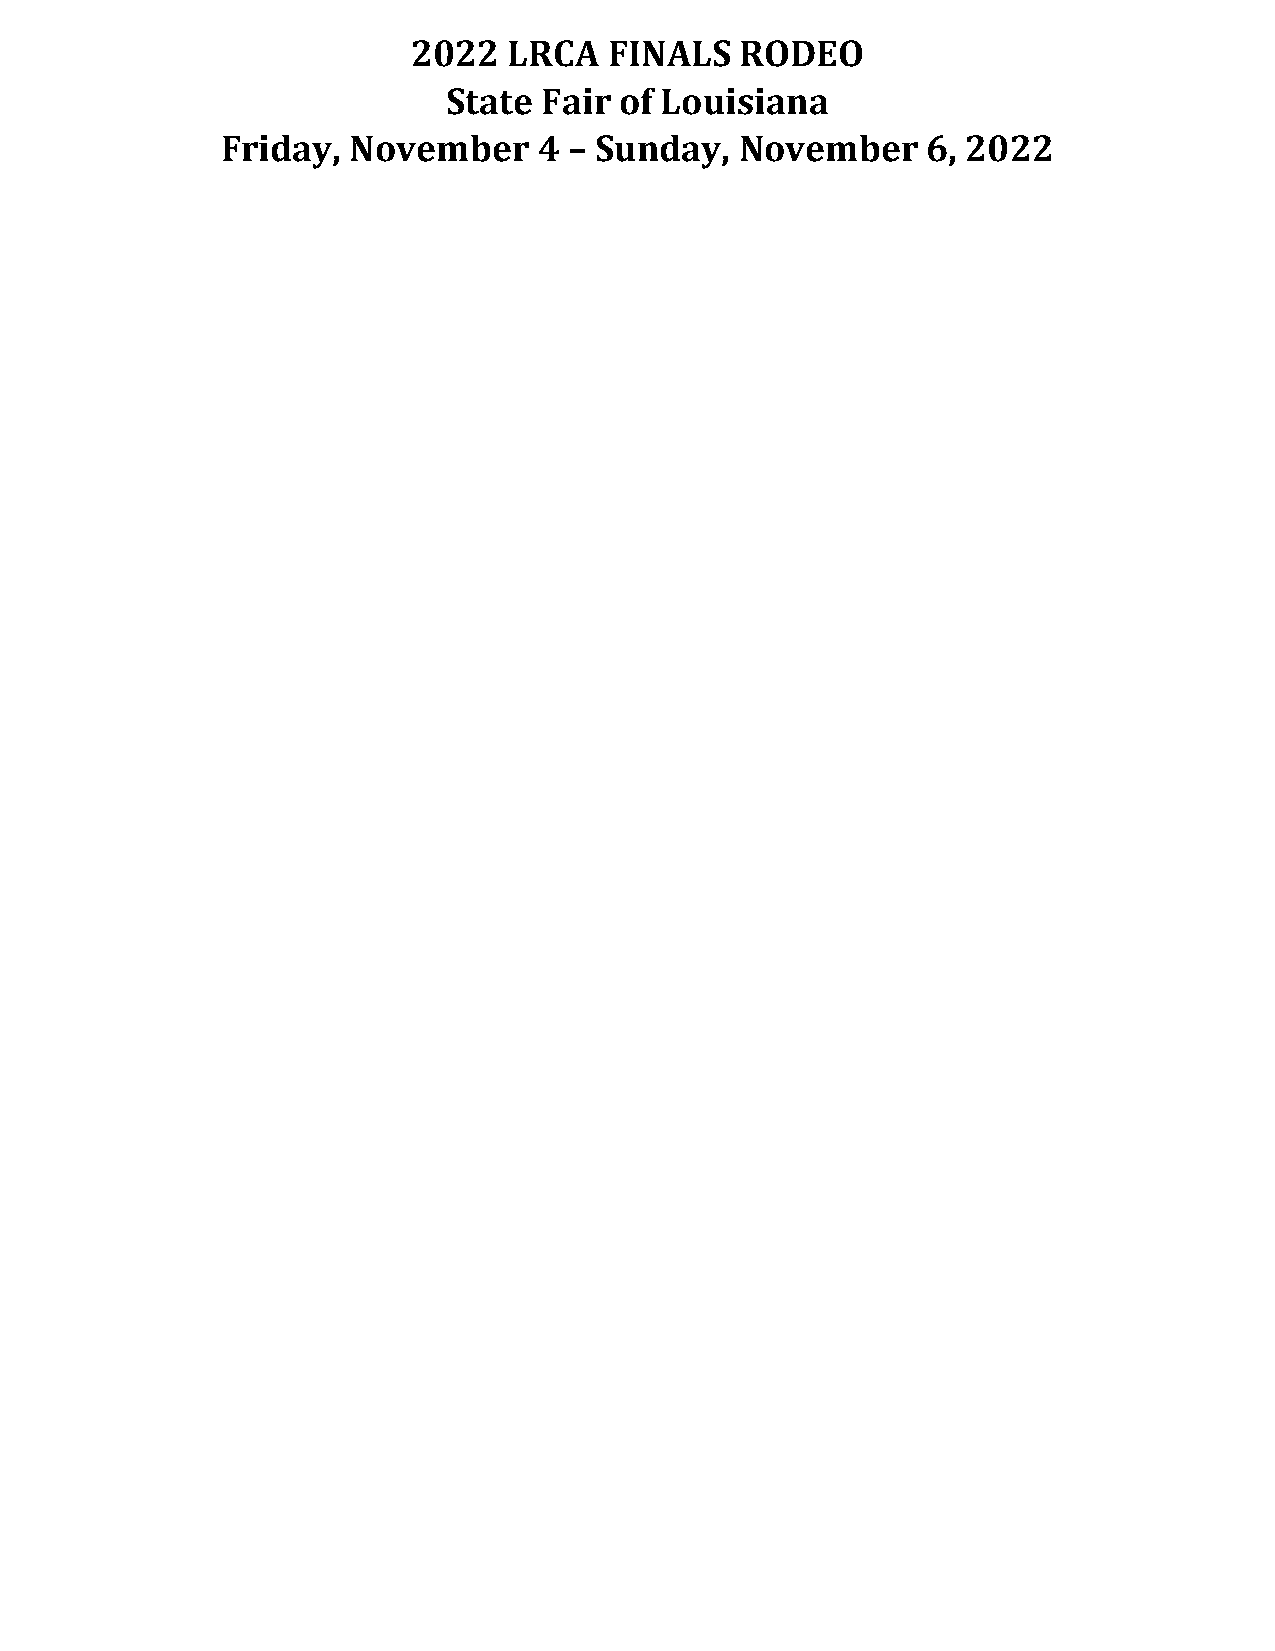
2022   LRCA  FINALS   RODEO
 State Fair of Louisiana
 Friday, November     4 – Sunday,  November    6, 2022